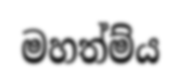
මහත්ම්ය